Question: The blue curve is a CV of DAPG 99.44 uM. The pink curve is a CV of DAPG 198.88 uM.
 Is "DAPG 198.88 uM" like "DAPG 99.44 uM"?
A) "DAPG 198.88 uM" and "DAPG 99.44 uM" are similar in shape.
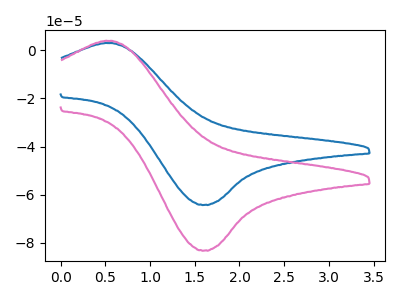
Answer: <think>The blue curve "DAPG 99.44 uM" has an anodic peak at (0.55V, 3.00uA) and a cathodic peak at (1.60V, -64.20uA). The pink curve "DAPG 198.88 uM" has an anodic peak at (0.55V, 3.90uA) and a cathodic peak at (1.60V, -83.15uA).
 All the peaks in "DAPG 198.88 uM" have a peak in "DAPG 99.44 uM" at the same potential. Every peak in "DAPG 198.88 uM" is higher than every peak in "DAPG 99.44 uM".</think>
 <answer>A) "DAPG 198.88 uM" and "DAPG 99.44 uM" are similar in shape.</answer>
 <eval>A</eval>